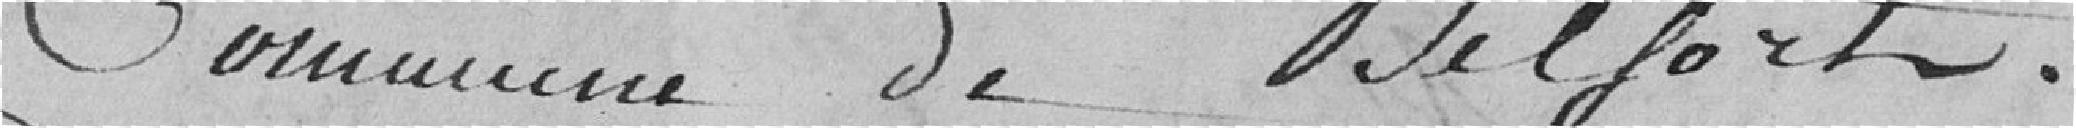
Commune de Belfort.